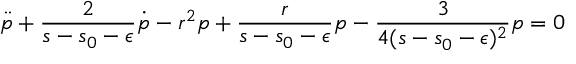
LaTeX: \ddot { p } + \frac { 2 } { s - s _ { 0 } - \epsilon } \dot { p } - r ^ { 2 } p + \frac { r } { s - s _ { 0 } - \epsilon } p - \frac { 3 } { 4 ( s - s _ { 0 } - \epsilon ) ^ { 2 } } p = 0